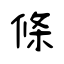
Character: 條